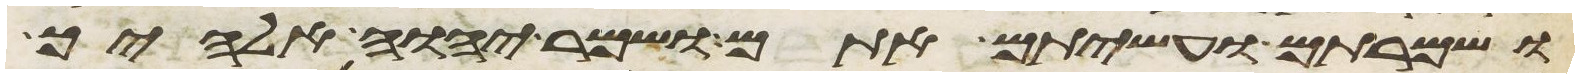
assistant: ושמרתם ועשיתם אתם ושמר יהוה אלהיך